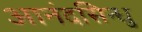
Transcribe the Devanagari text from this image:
आनंदसिन्धु